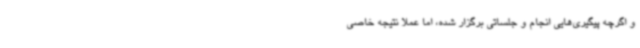
و اگرچه پیگیری‌هایی انجام و جلساتی برگزار شده، اما عملا نتیجه خاصی